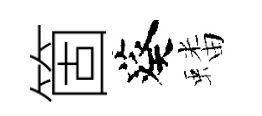
箇葵蟠